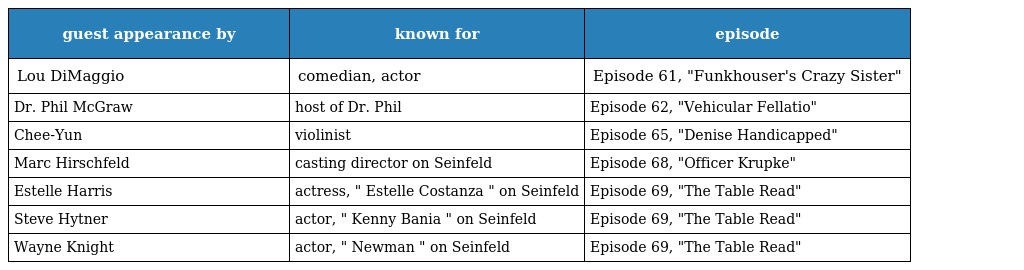
| guest appearance by | known for | episode |
 | --- | --- | --- |
 | Lou DiMaggio | comedian, actor | Episode 61, "Funkhouser's Crazy Sister" |
 | Dr. Phil McGraw | host of Dr. Phil | Episode 62, "Vehicular Fellatio" |
 | Chee-Yun | violinist | Episode 65, "Denise Handicapped" |
 | Marc Hirschfeld | casting director on Seinfeld | Episode 68, "Officer Krupke" |
 | Estelle Harris | actress, " Estelle Costanza " on Seinfeld | Episode 69, "The Table Read" |
 | Steve Hytner | actor, " Kenny Bania " on Seinfeld | Episode 69, "The Table Read" |
 | Wayne Knight | actor, " Newman " on Seinfeld | Episode 69, "The Table Read" |